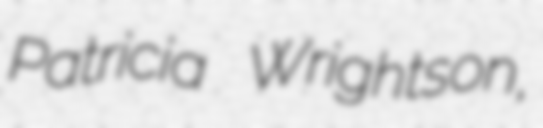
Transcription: Patricia Wrightson,